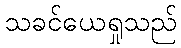
သခင်ယေရှုသည်